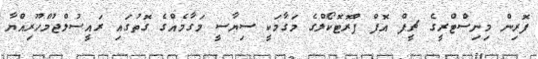
ފޮރިން މިނިސްޓްރީގެ ޗީފް އޮފް ޕްރޮޓޮކޯލްގެ މަގާމަކީ ސިޔާސީ މަގާމެއްގެ ގޮތުގައި ރައީސުލްޖުމްހޫރިއްޔާ